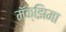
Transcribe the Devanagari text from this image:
मॅक्झिमा